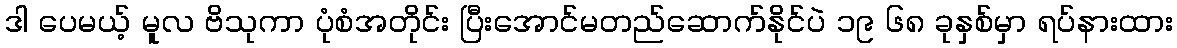
ဒါ ပေမယ့် မူလ ဗိသုကာ ပုံစံအတိုင်း ပြီးအောင်မတည်ဆောက်နိုင်ပဲ ၁၉ ၆၈ ခုနှစ်မှာ ရပ်နားထား